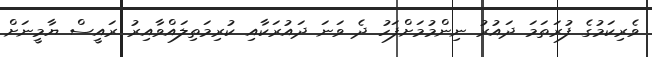
ވެރިކަމުގެ ފުރަތަމަ ދައުރު ނިންމުމަށްފަހު ދެ ވަނަ ދައުރަކާއި ކުރިމަތިލައްވާއިރު ރައީސް ޔާމީނަށް